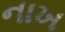
નાખ